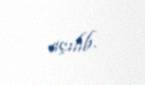
açılıb.